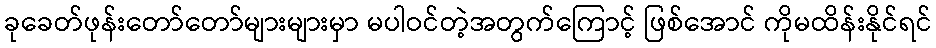
ခုခေတ်ဖုန်းတော်တော်များများမှာ မပါဝင်တဲ့အတွက်ကြောင့် ဖြစ်အောင် ကိုမထိန်းနိုင်ရင်